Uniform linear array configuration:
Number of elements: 48
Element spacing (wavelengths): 0.25
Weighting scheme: binomial
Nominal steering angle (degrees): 30
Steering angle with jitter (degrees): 28.794
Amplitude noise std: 0.05
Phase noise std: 0.05

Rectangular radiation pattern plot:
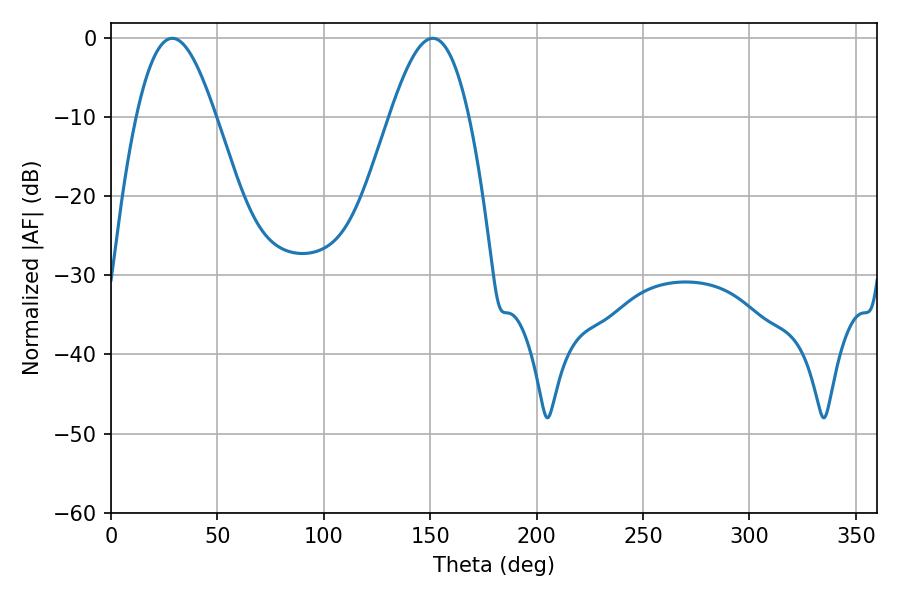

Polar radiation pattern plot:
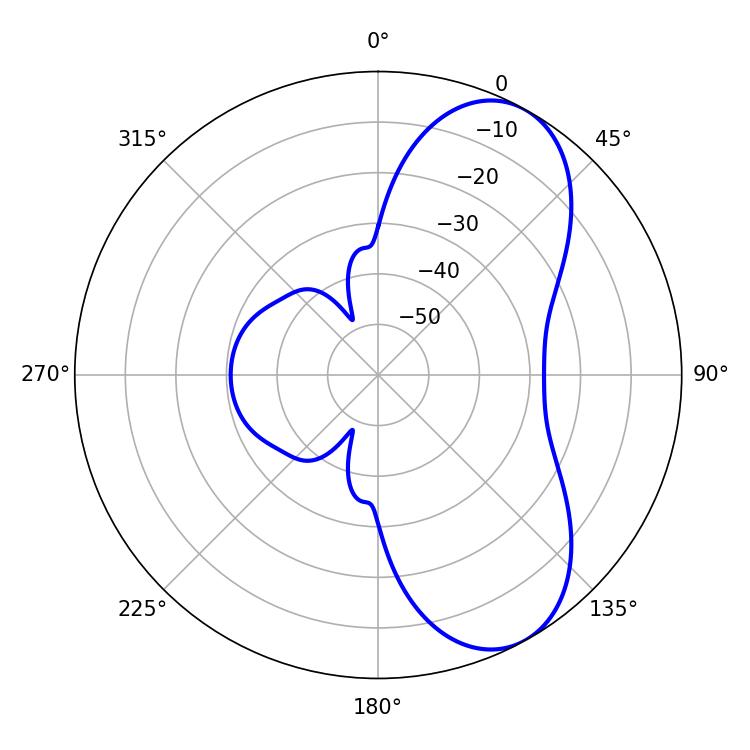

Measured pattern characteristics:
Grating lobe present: FALSE
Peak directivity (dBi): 7.209
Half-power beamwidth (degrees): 20.16
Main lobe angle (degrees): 28.8